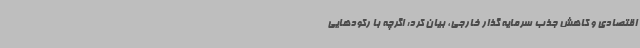
اقتصادی و کاهش جذب سرمایه گذار خارجی، بیان کرد: اگرچه با رکودهایی